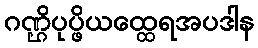
ဂဏ္ဌိပုပ္ဖိယထ္ထေရအပဒါန